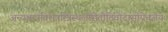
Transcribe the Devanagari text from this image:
अन्यश्चात्रविशेषस्त्रिस्थलीसेतौदिवोदासीयेचज्ञेयः